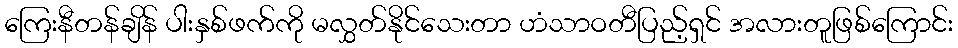
ကြေးနီတန်ချိန် ပါးနှစ်ဖက်ကို မလွှတ်နိုင်သေးတာ ဟံသာဝတီပြည့်ရှင် အလားတူဖြစ်ကြောင်း